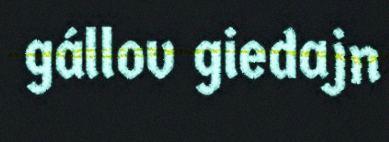
gállov giedajn